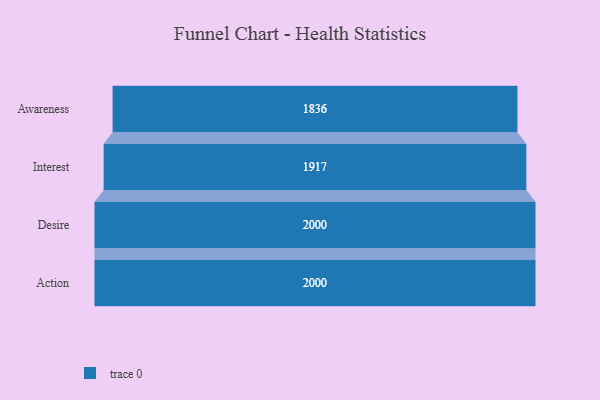
{"axis": {"x": "Stage", "y": "Value"}, "legend": [""], "data": [{"x": "Awareness", "y": 1836.0, "type": ""}, {"x": "Interest", "y": 1917.0, "type": ""}, {"x": "Desire", "y": 2000, "type": ""}, {"x": "Action", "y": 2000, "type": ""}]}